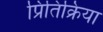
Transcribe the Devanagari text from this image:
प्रितिक्रिया